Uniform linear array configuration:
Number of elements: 24
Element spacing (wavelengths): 0.75
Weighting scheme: binomial
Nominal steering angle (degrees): -60
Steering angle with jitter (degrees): -59.589
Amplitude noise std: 0.05
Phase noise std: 0.05

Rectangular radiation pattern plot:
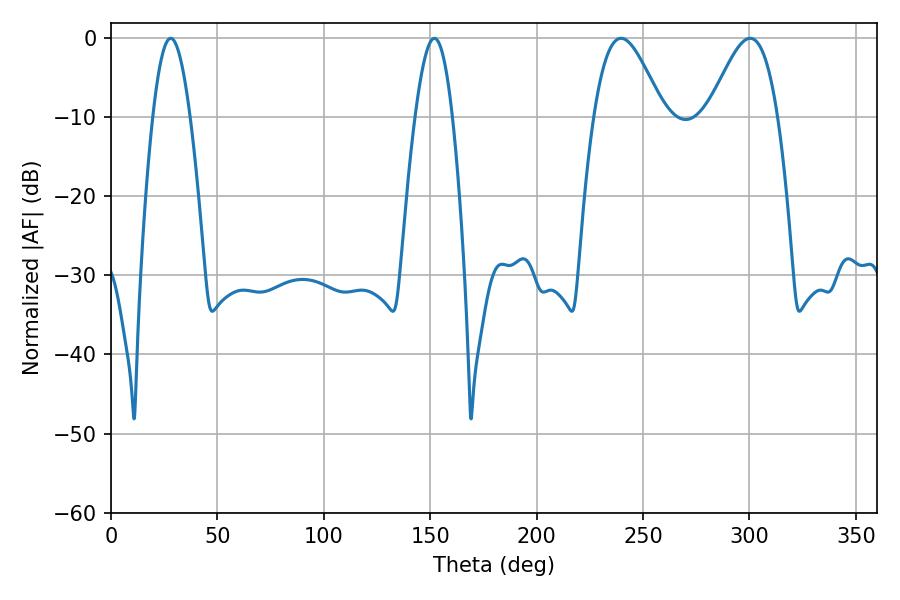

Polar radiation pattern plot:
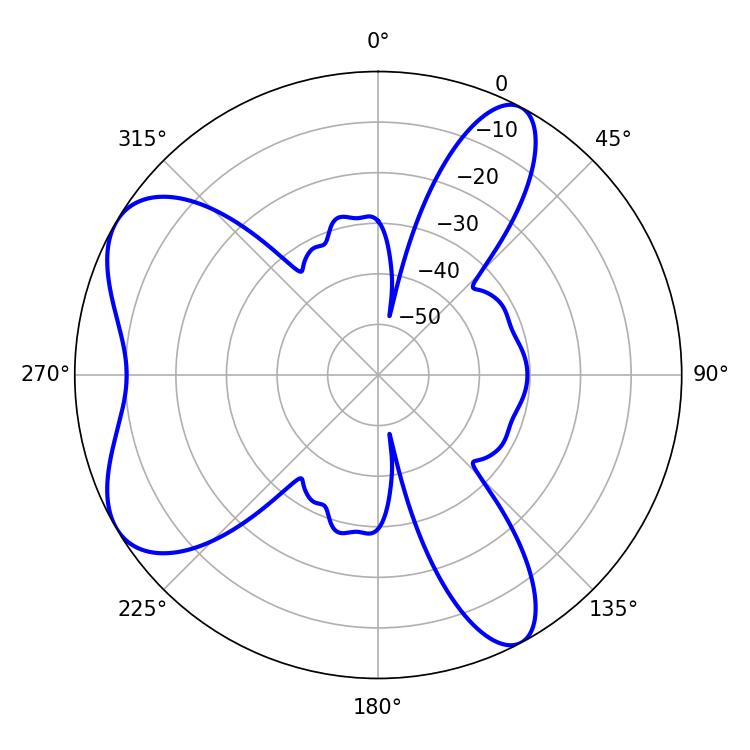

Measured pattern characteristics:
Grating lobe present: TRUE
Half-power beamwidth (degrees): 9.54
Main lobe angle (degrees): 28.08